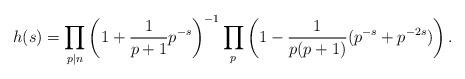
LaTeX: \begin{align*}h(s)=\prod_{p\mid n}\left(1+\frac{1}{p+1}p^{-s}\right)^{-1}\prod_p\left(1-\frac{1}{p(p+1)}(p^{-s}+p^{-2s})\right).\end{align*}